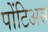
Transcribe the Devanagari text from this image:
पोंटिअस